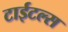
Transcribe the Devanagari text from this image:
टाईटल्स